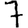
Digit: 7